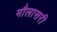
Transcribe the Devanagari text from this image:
मौलासरी